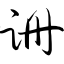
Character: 跚